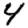
Digit: 4